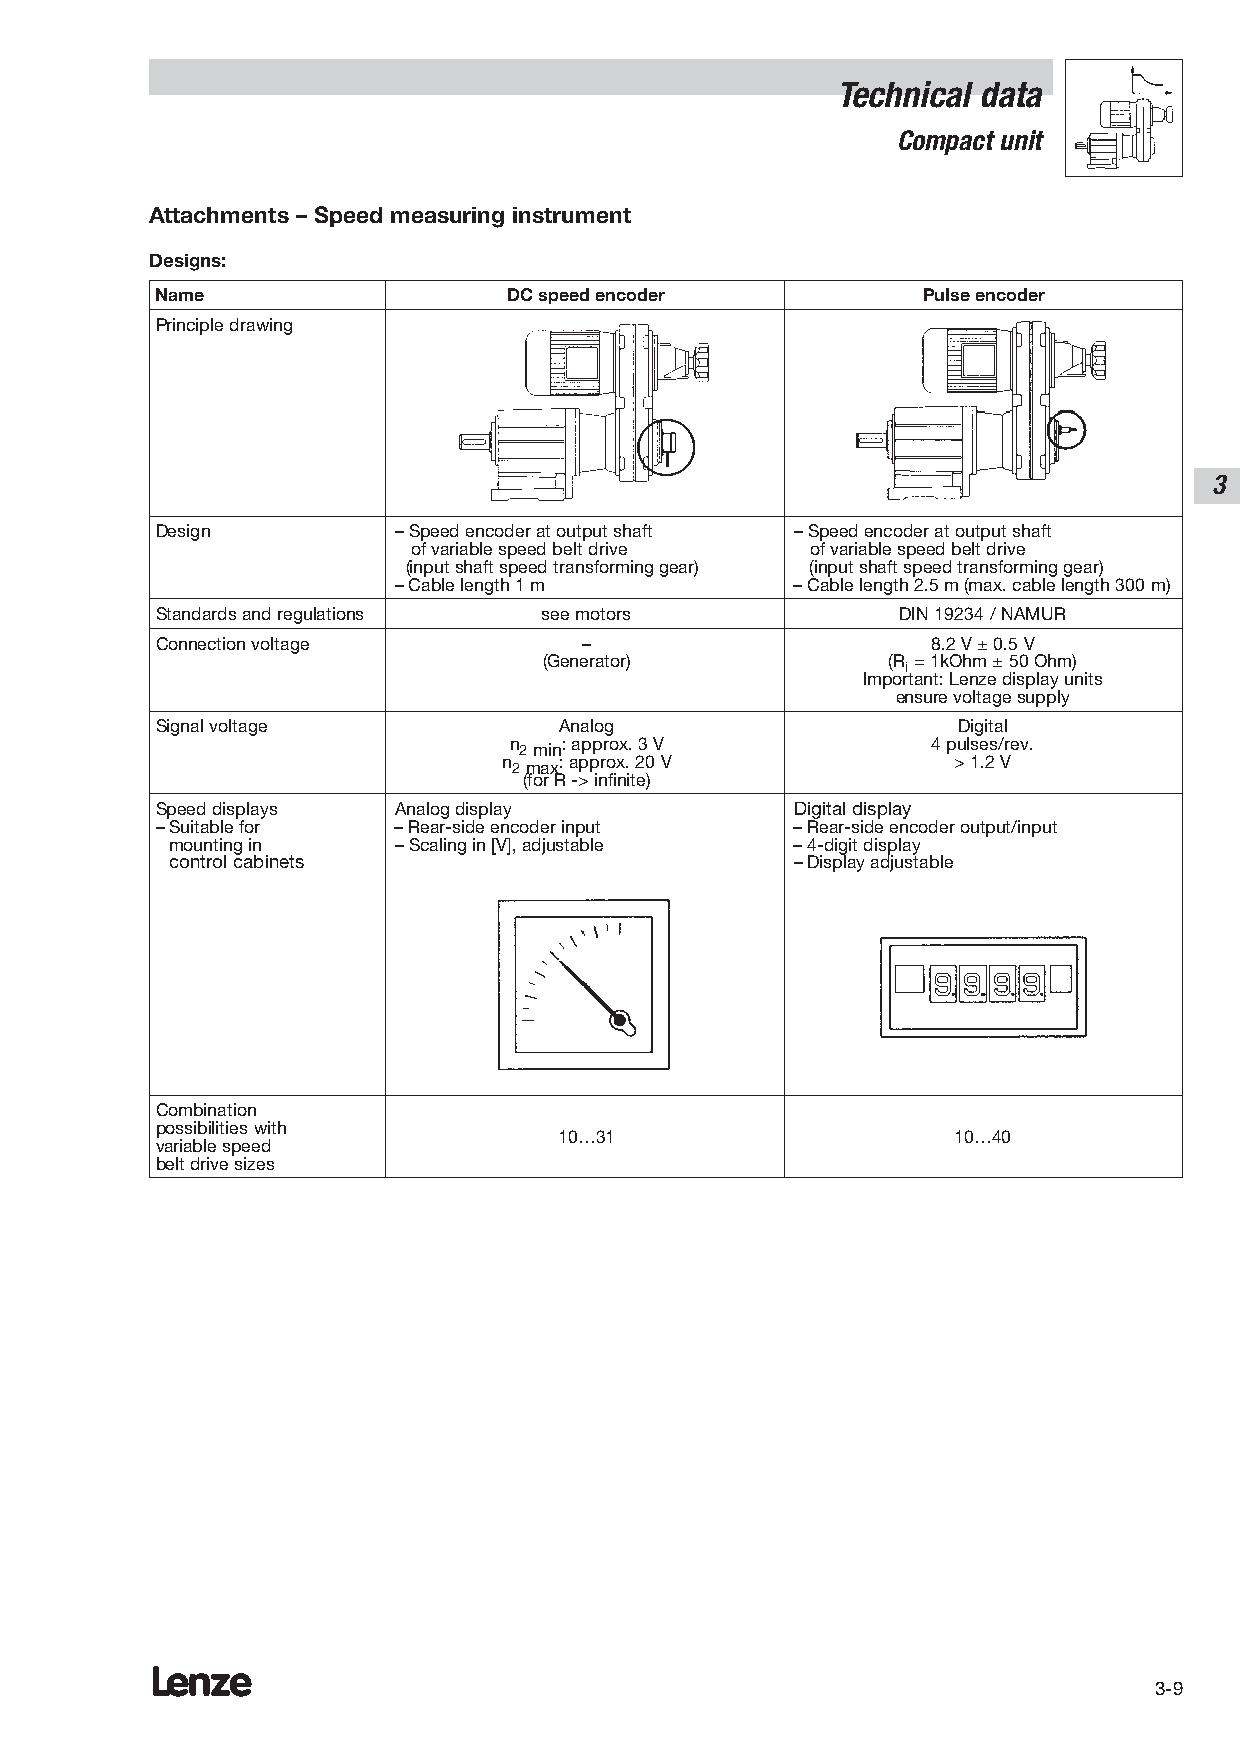
Technical data
 Compact unit
 Attachments – Speed measuring instrument
 Designs:
 Name                    DC speed encoder           Pulse encoder
 Principle drawing
 3
 Design          – Speed encoder at output shaft – Speed encoder at output shaft
 of variable speed belt drive of variable speed belt drive
 (input shaft speed transforming gear) (input shaft speed transforming gear)
 – Cable length 1 m         – Cable length 2.5 m (max. cable length 300 m)
 Standards and regulations see motors              DIN 19234 / NAMUR
 Connection voltage           –                      8.2 V ± 0.5 V
 (Generator)            (R = 1kOhm ± 50 Ohm)
 i
 Important: Lenze display units
 ensure voltage supply
 Signal voltage             Analog                    Digital
 n 2min: approx. 3 V         4 pulses/rev.
 n 2max: approx. 20 V          > 1.2 V
 (for R -> infinite)
 Speed displays  Analog display             Digital display
 – Suitable for  – Rear-side encoder input  – Rear-side encoder output/input
 mounting in    – Scaling in [V], adjustable – 4-digit display
 control cabinets                          – Display adjustable
 Combination
 possibilities with
 10…31                     10…40
 variable speed
 belt drive sizes
 Lenze
 3-9